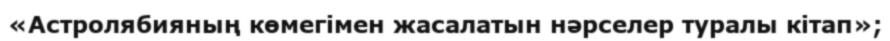
«Астролябияның көмегімен жасалатын нәрселер туралы кітап»;